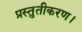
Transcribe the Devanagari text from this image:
प्रस्तुतीकरण।